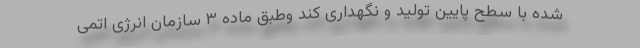
شده با سطح پایین تولید و نگهداری کند وطبق ماده ۳ سازمان انرژی اتمی